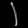
Digit: ၂